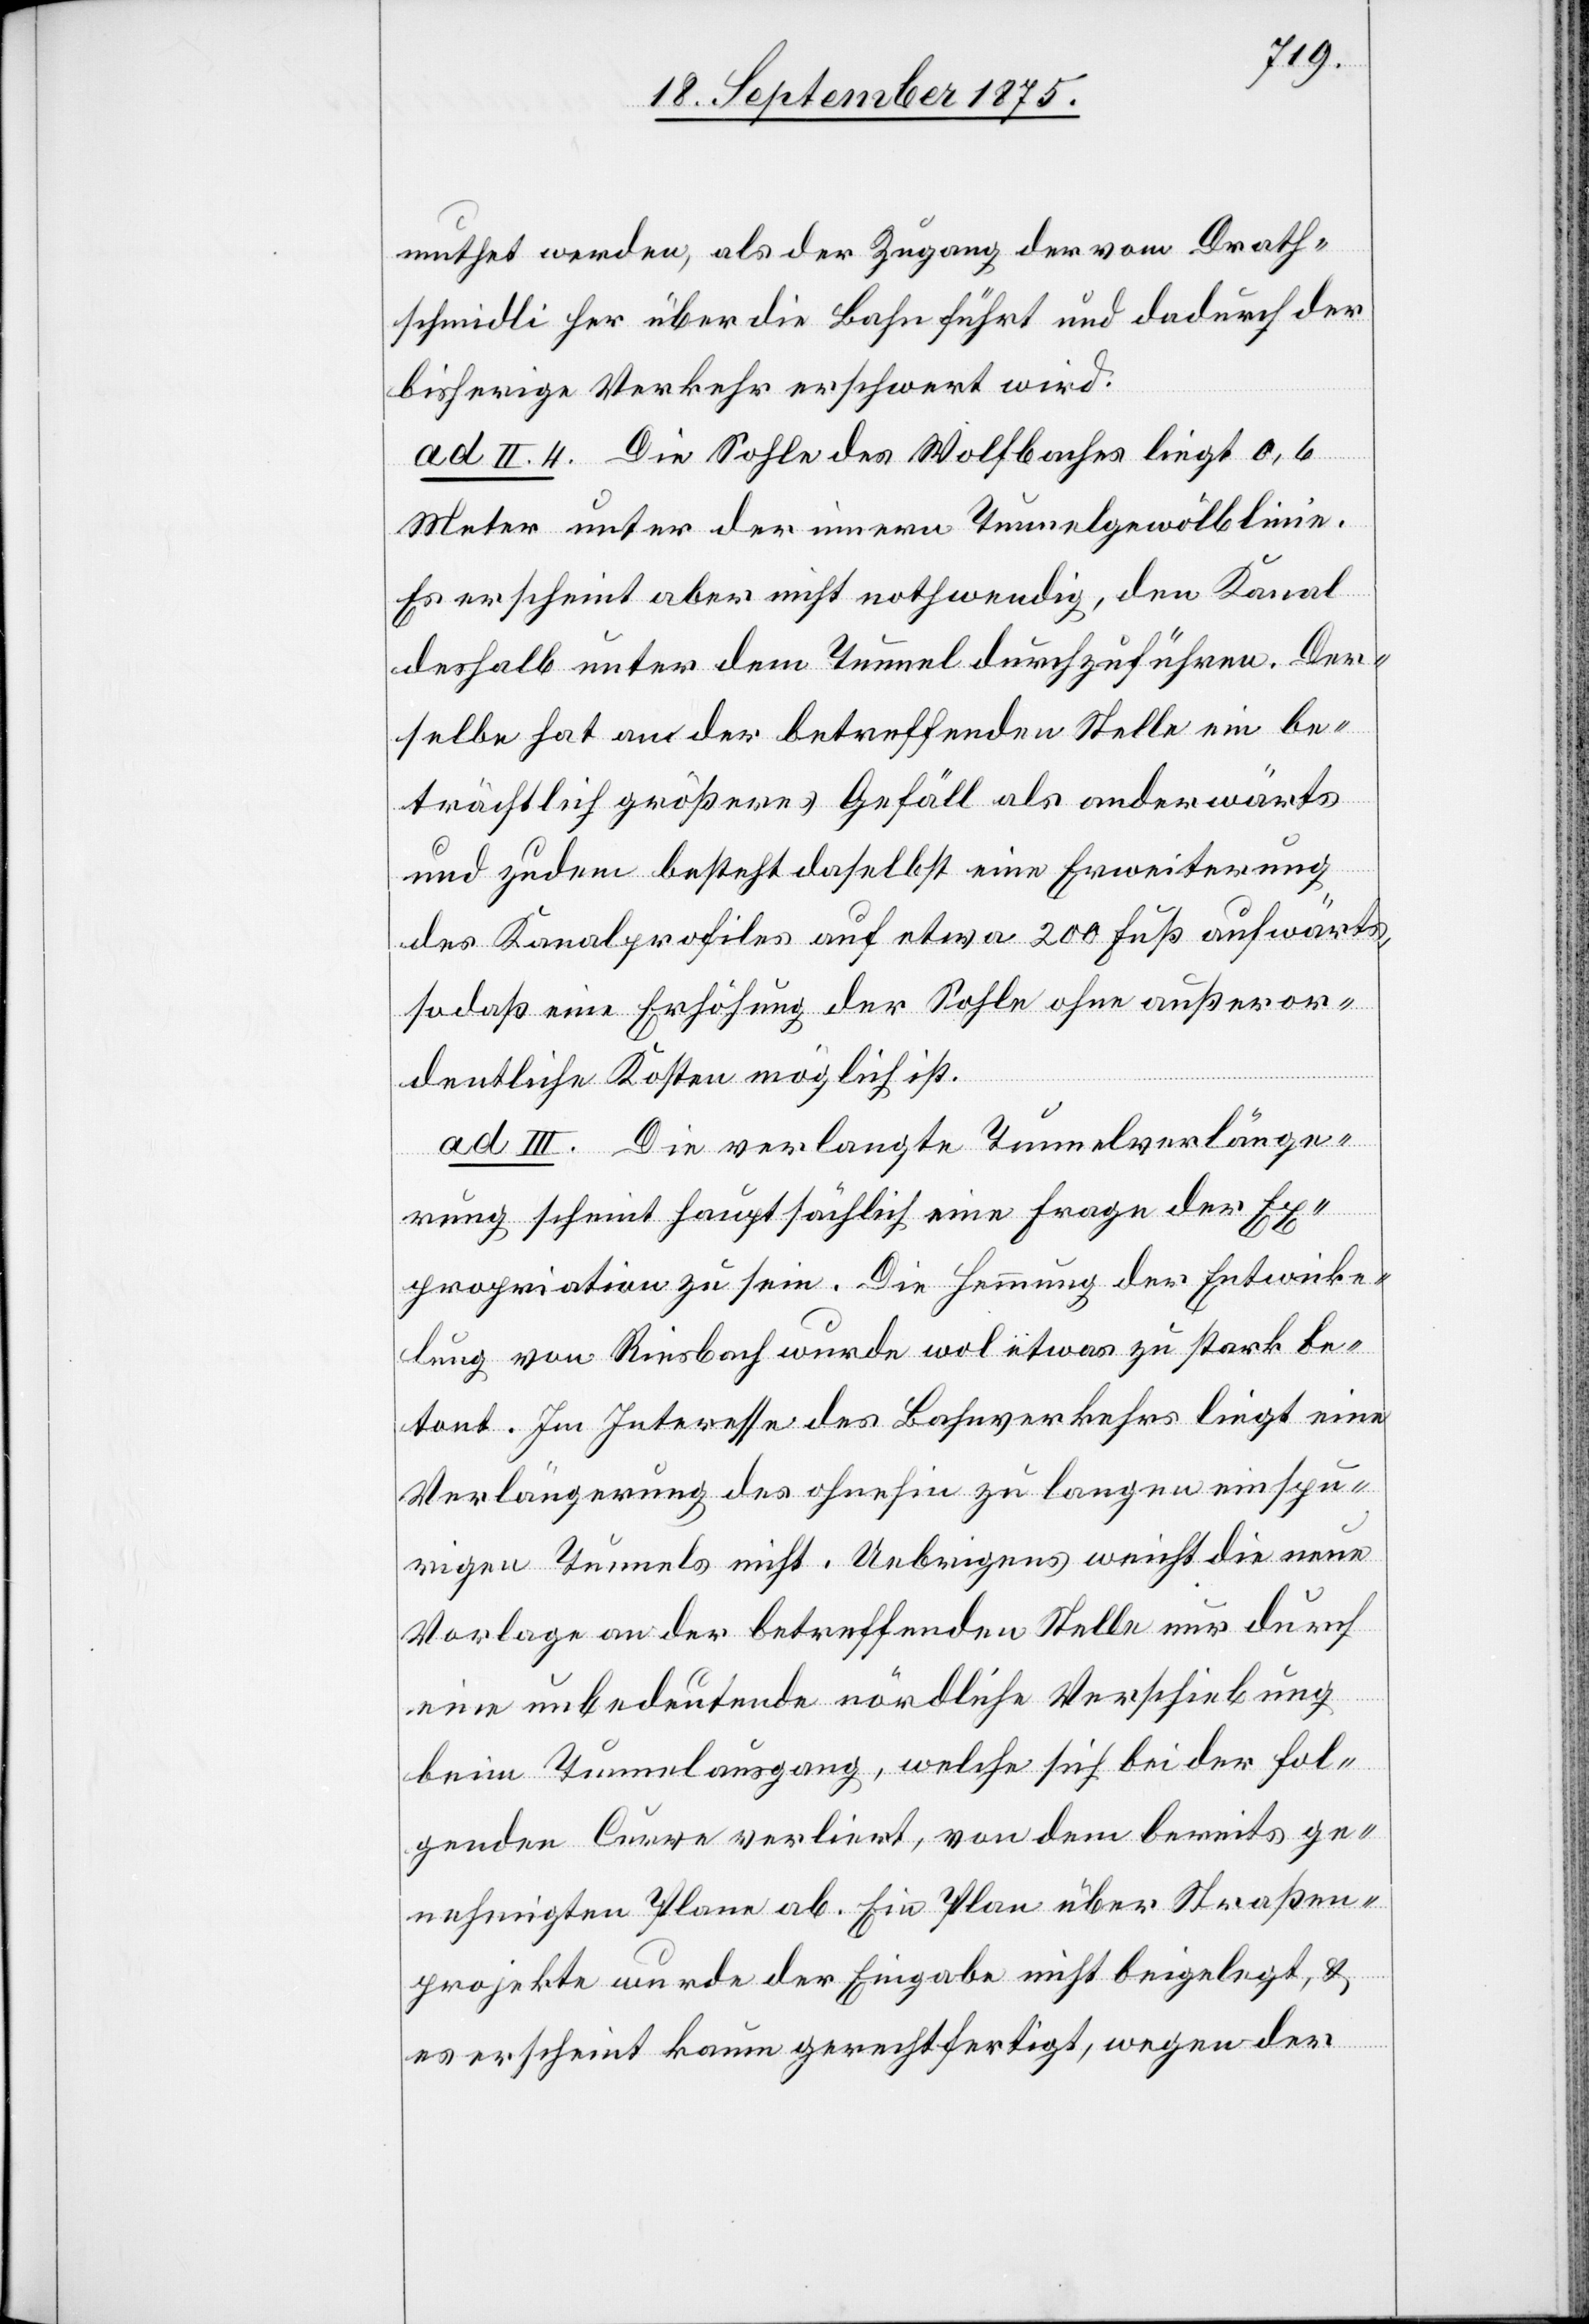
muthet werden, als der Zugang der vom Drath¬
schmidli her über die Bahn führt und dadurch der
bisherige Verkehr erschwert wird.
ad II. 4. Die Sohle des Wolfbaches liegt 0,6
Meter unter der innern Tunnelgewölblinie.
Es erscheint aber nicht nothwendig, den Kanal
deshalb unter dem Tunnel durchzuführen. Der¬
selbe hat an der betreffenden Stelle ein be¬
trächtlich größeres Gefäll als anderwärts
und zudem besteht daselbst eine Erweiterung
des Kanalprofiles auf etwa 200 Fuß aufwärts,
so daß eine Erhöhung der Sohle ohne außeror¬
dentliche Kosten möglich ist.
ad III. Die verlangte Tunnelverlänge¬
rung scheint hauptsächlich eine Frage der Ex¬
propriation zu sein. Die Hemmung der Entwicke¬
lung von Riesbach wurde wol etwas zu stark be¬
tont. Im Interesse des Bahnverkehrs liegt eine
Verlängerung des ohnehin zu langen einspu¬
rigen Tunnels nicht. Uebrigens weicht die neue
Vorlage an der betreffenden Stelle nur durch
eine unbedeutende nördliche Verschiebung
beim Tunnelausgang, welche sich bei der fol¬
genden Curve verliert, von dem bereits ge¬
nehmigten Plane ab. Ein Plan über Straßen¬
projekte wurde der Eingabe nicht beigelegt, &
es erscheint kaum gerechtfertigt, wegen der